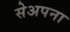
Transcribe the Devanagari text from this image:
सेअपना